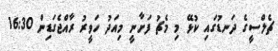
ޗެލްސީގެ ދަނޑުގައި ކުޅޭ މި މެޗު ފަށާނީ މިއަދު ހަވީރު ރާއްޖެގަޑިން 16:30